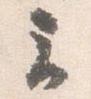
云